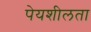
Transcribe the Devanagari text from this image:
पेयशीलता